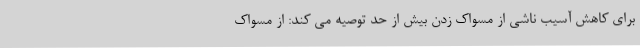
برای کاهش آسیب ناشی از مسواک زدن بیش از حد توصیه می کند: از مسواک